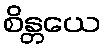
စိန္တယေ